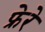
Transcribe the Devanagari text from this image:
फ्रेरे